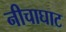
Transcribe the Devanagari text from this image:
नीचाघाट